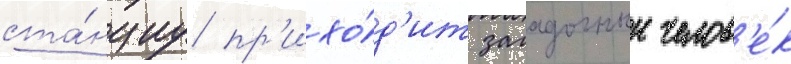
ста́нциу пр'ихо́д'ит загадочныи челов'е́к